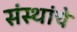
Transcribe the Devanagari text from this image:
संंस्थांचे